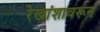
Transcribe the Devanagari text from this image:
रेखांशावरून